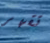
تقهر